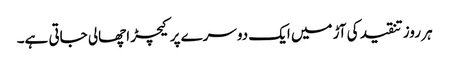
ہر روز تنقید کی آڑ میں ایک دوسرے پر کیچڑ اچھالی جاتی ہے۔